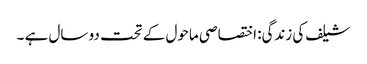
شیلف کی زندگی: اختصاصی ماحول کے تحت دو سال ہے ۔